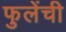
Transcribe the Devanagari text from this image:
फुलेंची